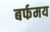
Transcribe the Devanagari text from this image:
बर्फमय